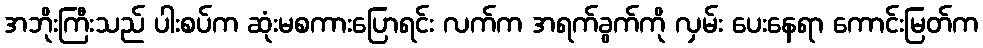
အဘိုးကြီးသည် ပါးစပ်က ဆုံးမစကားပြောရင်း လက်က အရက်ခွက်ကို လှမ်း ပေးနေရာ ကောင်းမြတ်က